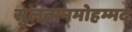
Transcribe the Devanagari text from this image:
सुलतानमोहम्मद